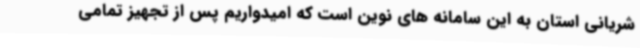
شریانی استان به این سامانه های نوین است که امیدواریم پس از تجهیز تمامی